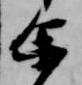
余